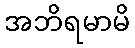
အဘိရမာမိ